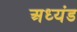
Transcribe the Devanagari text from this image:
अध्यंड